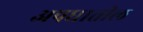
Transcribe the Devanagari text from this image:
अपघातील